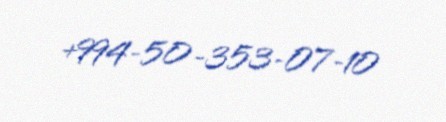
+994-50-353-07-10